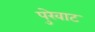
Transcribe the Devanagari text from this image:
पुरेवाट